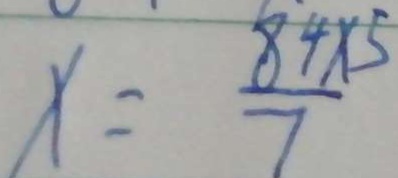
x = \frac { 8 4 \times 5 } { 7 }